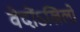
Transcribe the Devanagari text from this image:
वेदोंऽखिलो